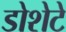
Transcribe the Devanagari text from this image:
डोशेटे